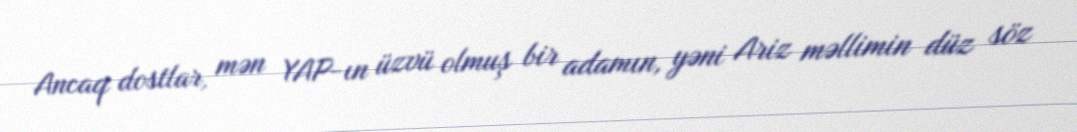
Ancaq dostlar, mən YAP-ın üzvü olmuş bir adamın, yəni Ariz məllimin düz söz